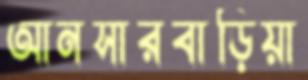
আনসারবাড়িয়া